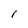
Character: I